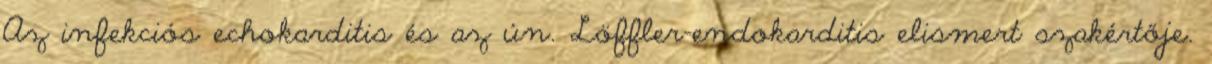
Az infekciós echokarditis és az ún. Löffler-endokarditis elismert szakértője.